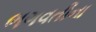
ભગવતીના